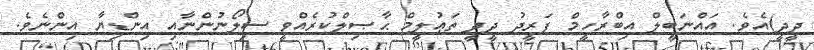
ދީދީ)އެވެ. އައްނަބީލް އިބްރާހީމް ފަރީދު ދީދީ ތަޢުލީމް ޙާޞިލްކުރެއްވީ ސިލޯނުންނާއި އިންޑިޔާ އިންނެވެ.